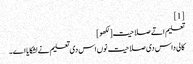
[1]
تعلیم اتے صلاحیت[لکھو]
کالی داس دی صلاحیت نوں اس دی تعلیم نے لشکایا اے۔